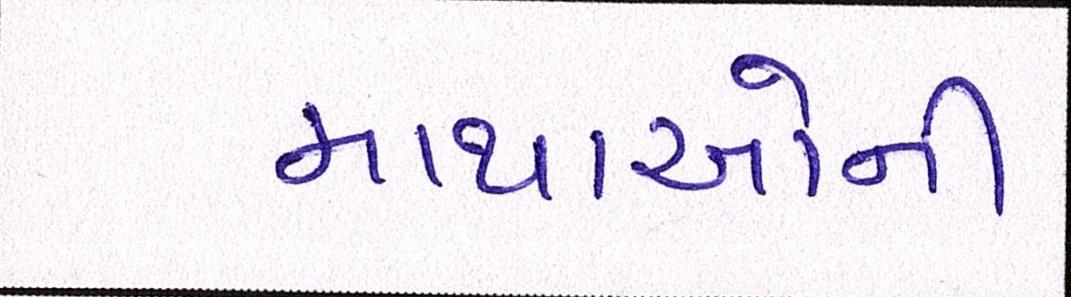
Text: માથાઓની